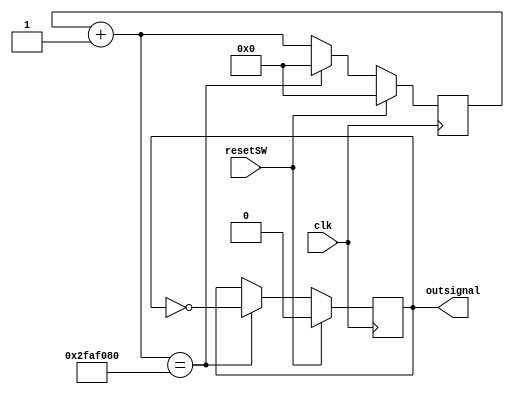
`timescale 1ns / 1ps

module slow_clock_gen (clk, resetSW, outsignal);

    input clk;
    input resetSW;
    output  outsignal;
    reg [26:0] counter;  
    reg outsignal;
    always @ (posedge clk)
    begin         
	if (resetSW)
	   begin
	   counter=0;
	   outsignal=0;
	   end 
	else
       begin
	   counter = counter +1;
	   if (counter == 50_000_000) //why is this a 0.5 Hz?
	       begin
		   outsignal=~outsignal;
		   counter = 0;
           end
        end
    end
        
endmodule